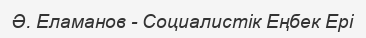
Ә. Еламанов - Социалистік Еңбек Ері